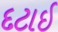
દટાઈ